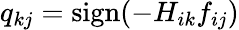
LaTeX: q_{kj}=\mathrm{sign}(-H_{ik}f_{ij})